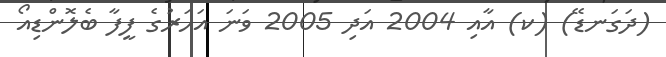
(ދަގަނޑޭ) (ކ) އާއި 2004 އަދި 2005 ވަނަ އަހަރުގެ ފީފާ ބެލޮންޑިއޯ